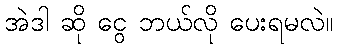
အဲဒါ ဆို ငွေ ဘယ်လို ပေးရမလဲ။